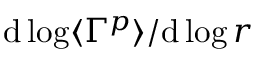
\mathrm { d } \log \langle \Gamma ^ { p } \rangle / \mathrm { d } \log r